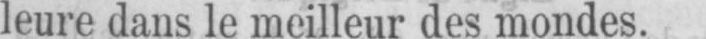
leure dans le meilleur des mondes.